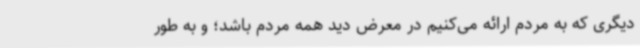
دیگری که به مردم ارائه می‌کنیم در معرض دید همه مردم باشد؛ و به طور